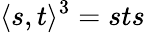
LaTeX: \langle s,t\rangle^{3}=sts